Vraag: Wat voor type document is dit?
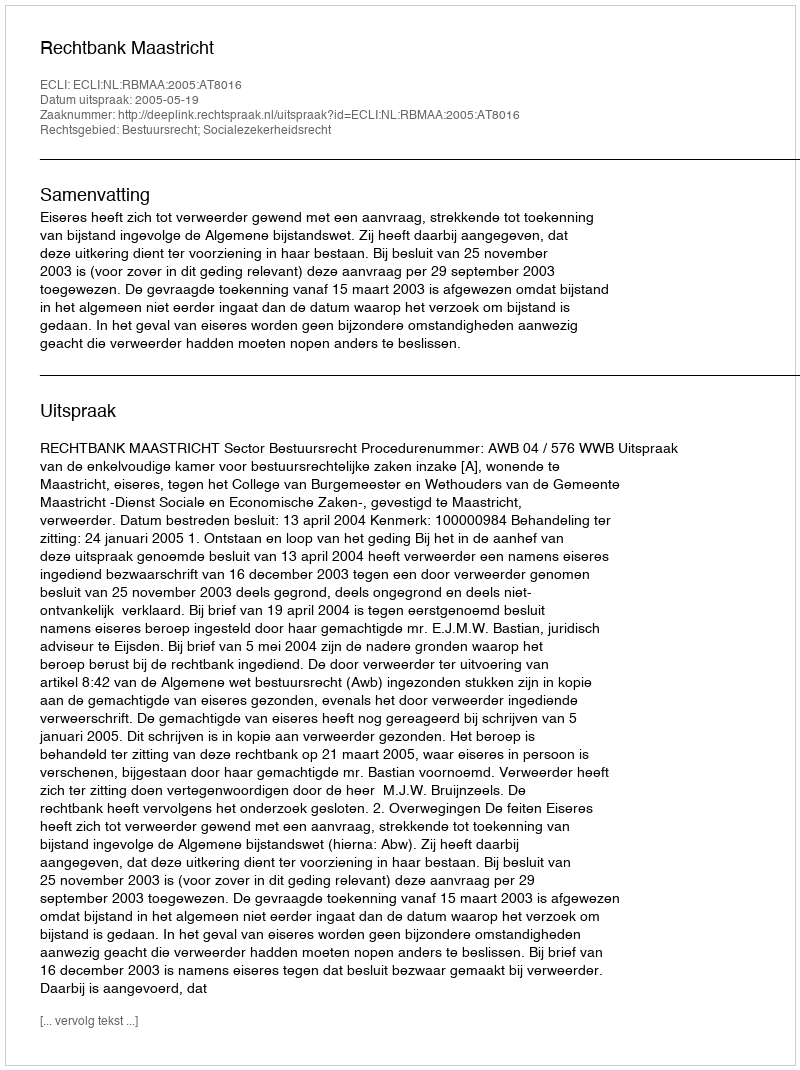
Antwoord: Uitspraak